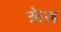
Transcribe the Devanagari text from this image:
क्रेज़